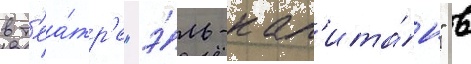
в т'еа́тр'е "э́ль-кап'ита́н" в